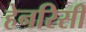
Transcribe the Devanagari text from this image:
हेनरिसी